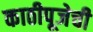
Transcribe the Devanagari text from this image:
काठीपूजेची